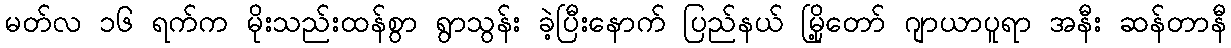
မတ်လ ၁၆ ရက်က မိုးသည်းထန်စွာ ရွာသွန်း ခဲ့ပြီးနောက် ပြည်နယ် မြို့တော် ဂျာယာပူရာ အနီး ဆန်တာနီ